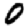
Digit: 0